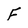
Character: F